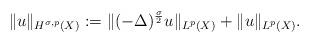
LaTeX: \begin{align*} \|u\|_{H^{\sigma,p}(X)}:= \|(-\Delta)^{\frac{\sigma}{2}}u\|_{L^{p}(X)}+\|u\|_{L^{p}(X)}.\end{align*}